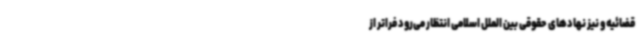
قضائیه و نیز نهادهای حقوقی بین الملل اسلامی انتظار می‌رود فراتر از